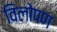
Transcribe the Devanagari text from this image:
विलोपण